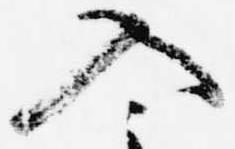
入